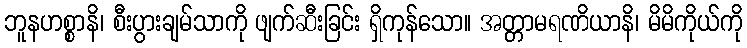
ဘူနဟစ္စာနိ၊ စီးပွားချမ်သာကို ဖျက်ဆီးခြင်း ရှိကုန်သော။ အတ္တာမရဏိယာနိ၊ မိမိကိုယ်ကို